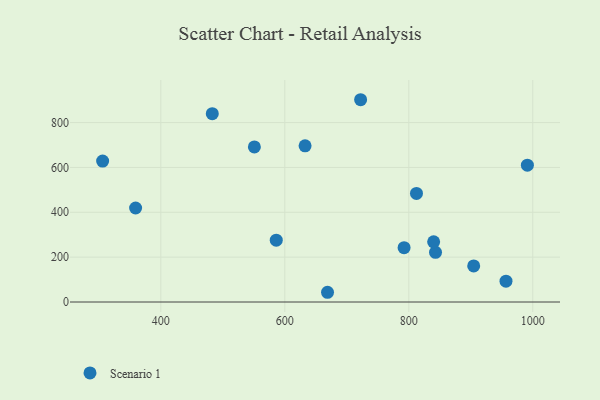
{"axis": {"x": "Experience", "y": "Rating"}, "legend": ["Scenario 1"], "data": [{"x": "956.8", "y": 93.1, "type": "Scenario 1"}, {"x": "668.9", "y": 43.4, "type": "Scenario 1"}, {"x": "904.7", "y": 160.9, "type": "Scenario 1"}, {"x": "483.0", "y": 839.6, "type": "Scenario 1"}, {"x": "812.4", "y": 484.1, "type": "Scenario 1"}, {"x": "359.3", "y": 419.2, "type": "Scenario 1"}, {"x": "792.4", "y": 242.3, "type": "Scenario 1"}, {"x": "722.3", "y": 901.9, "type": "Scenario 1"}, {"x": "843.1", "y": 221.6, "type": "Scenario 1"}, {"x": "840.1", "y": 268.3, "type": "Scenario 1"}, {"x": "632.7", "y": 696.3, "type": "Scenario 1"}, {"x": "586.2", "y": 275.7, "type": "Scenario 1"}, {"x": "991.3", "y": 610.2, "type": "Scenario 1"}, {"x": "550.9", "y": 691.6, "type": "Scenario 1"}, {"x": "306.1", "y": 628.5, "type": "Scenario 1"}]}